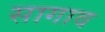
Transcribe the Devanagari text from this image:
सागाव